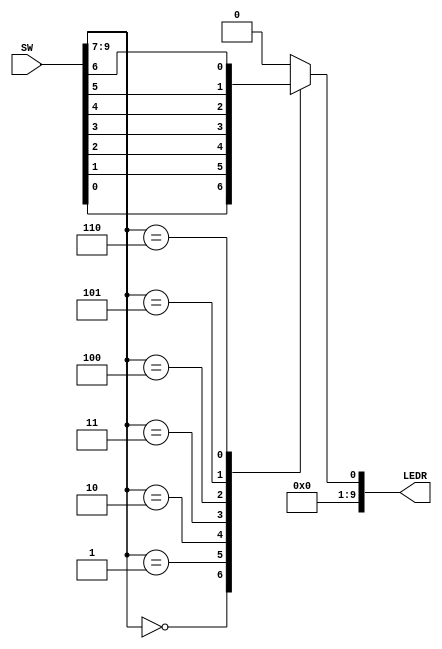
module part1(SW, LEDR);
	input [9:0] SW;
	output[9:0] LEDR;
	
	reg res;
	wire t,u,v,w,x,y,z;
	wire s2,s1,s0;
	
	assign t = SW[0];
	assign u = SW[1];
	assign v = SW[2];
	assign w = SW[3];
	assign x = SW[4];
	assign y = SW[5];
	assign z = SW[6];

	assign s2 = SW[9];
	assign s1 = SW[8];
	assign s0 = SW[7];
	
	wire RES;
	
	always @(*)
	begin 
		case (SW[9:7])
		
			3'b000: res = t;
			3'b001: res = u;
			3'b010: res = v;
			3'b011: res = w;
			3'b100: res = x;
			3'b101: res = y;
			3'b110: res = z;
			default: res = 1'b0;
		
		endcase
	end
	
	assign RES = res;
	assign LEDR[0] = RES;
	assign LEDR[9:1] = 8'b0;

endmodule